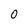
Character: 0